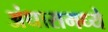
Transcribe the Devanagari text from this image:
अंधारामध्ये